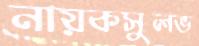
নায়কসুলভ